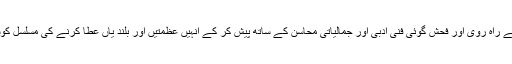
ان کی اقدار شکنی، بے راہ روی اور فحش گوئی فنی ادبی اور جمالیاتی محاسن کے ساتھ پیش کر کے انہیں عظمتیں اور بلند یاں عطا کرنے کی مسلسل کوشش کی جا رہی ہیں۔